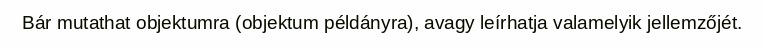
Bár mutathat objektumra (objektum példányra), avagy leírhatja valamelyik jellemzőjét.